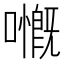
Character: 𡁙